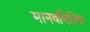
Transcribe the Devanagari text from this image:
मानवमितिय